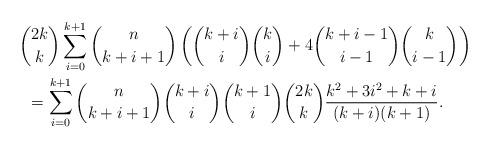
LaTeX: \begin{align*}&\hskip -2mm {2k\choose k}\sum_{i=0}^{k+1} {n\choose k+i+1}\left({k+i\choose i}{k\choose i}+4{k+i-1\choose i-1}{k\choose i-1}\right) \\&= \sum_{i=0}^{k+1} {n\choose k+i+1}{k+i\choose i}{k+1\choose i}{2k\choose k}\frac{k^2+3i^2+k+i}{(k+i)(k+1)}.\end{align*}